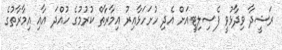
ރަޝީދާ ވިދާޅުވީ ފެސިލިޓީއަށް އެދި ހުށަހަޅާއިރު އިމާރާތް ކުރުމުގެ ހުއްދަ އާއި އިމާރާތުގެ